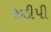
જીડીપી